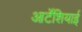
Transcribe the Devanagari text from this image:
आर्टेशियाई